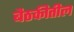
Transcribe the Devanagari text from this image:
बैठकीतील